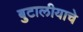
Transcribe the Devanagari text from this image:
बुटालीयाचे